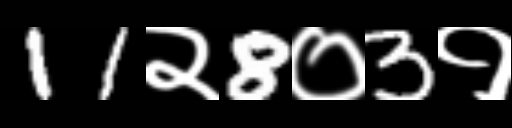
Text: 11२8०3१